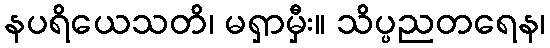
နပရိယေသတိ၊ မရှာမှီး။ သိပ္ပညတရေန၊